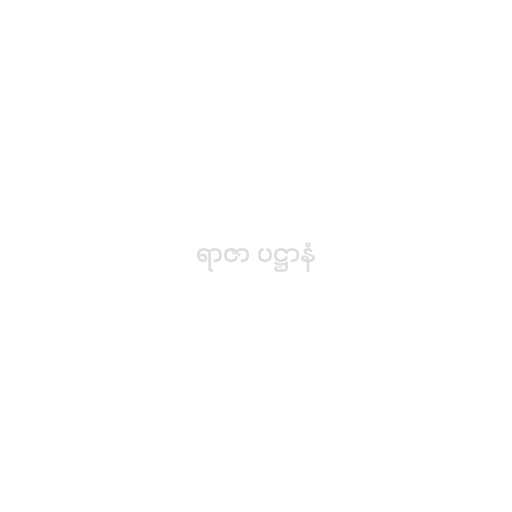
ရာဇာ ပဋ္ဌာနံ